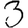
Digit: 3